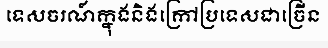
ទេសចរណ៍ក្នុងនិងក្រៅប្រទេសជាច្រើន